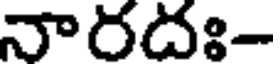
నారదః-